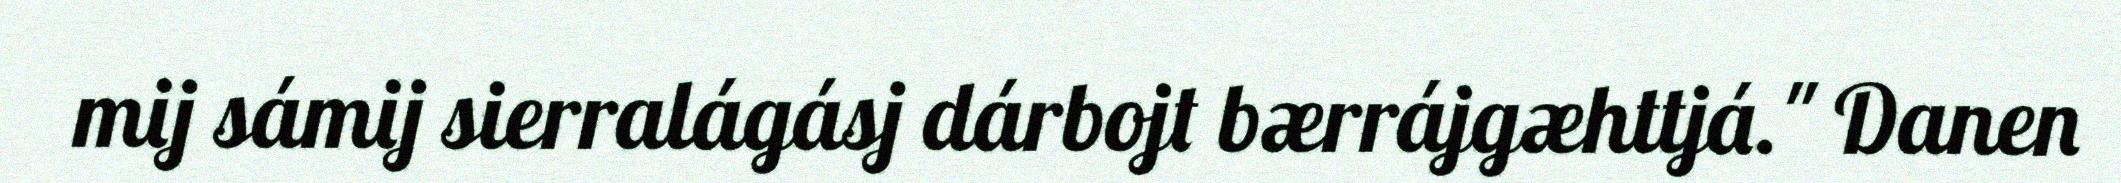
mij sámij sierralágásj dárbojt bærrájgæhttjá." Danen